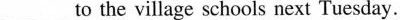
___to the village schools next Tuesday.